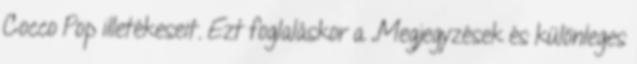
Cocco Pop illetékeseit. Ezt foglaláskor a „Megjegyzések és különleges